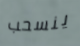
ينسحب